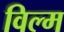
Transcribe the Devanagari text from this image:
विल्म